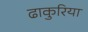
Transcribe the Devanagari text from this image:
ढाकुरिया